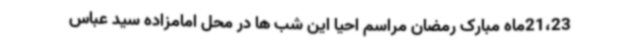
21،23ماه مبارک رمضان مراسم احیا این شب ها در محل امامزاده سید عباس